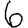
Digit: 6